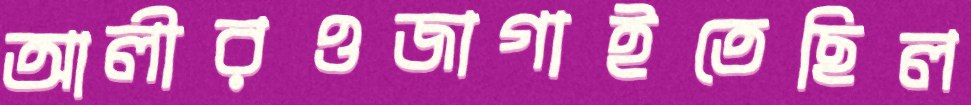
আলীরওজাগাইতেছিল